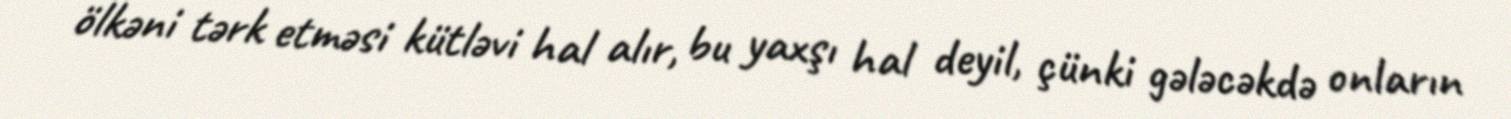
ölkəni tərk etməsi kütləvi hal alır, bu yaxşı hal deyil, çünki gələcəkdə onların